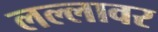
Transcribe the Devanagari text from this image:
लल्लावर